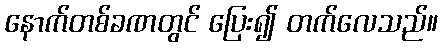
နောက်တစ်ခဏတွင် ပြေး၍ တက်လေသည်။